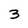
Character: 3